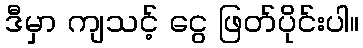
ဒီမှာ ကျသင့် ငွေ ဖြတ်ပိုင်းပါ။